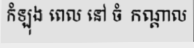
កំឡុង ពេល នៅ ចំ កណ្តាល